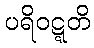
ပရိဝဋ္ဋတိ